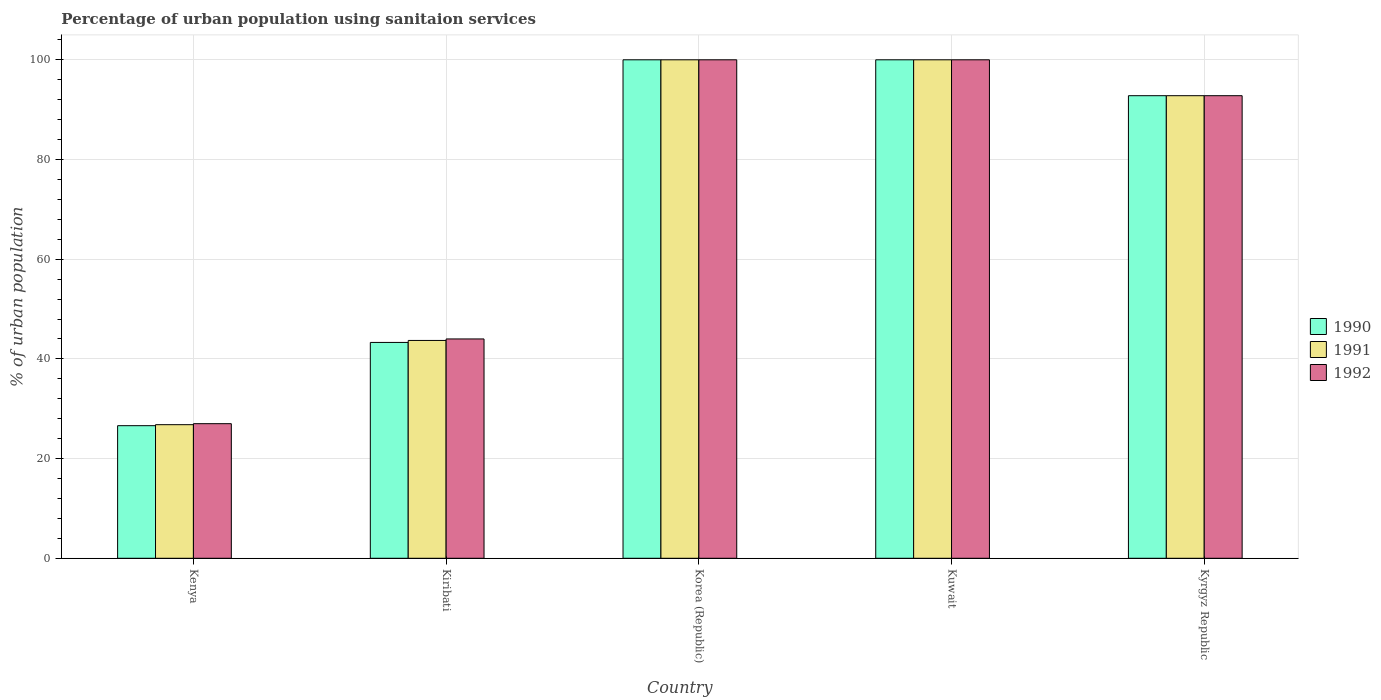
| Country | 1990 | 1991 | 1992 |
 | --- | --- | --- | --- |
 | Kenya | 26.6 | 26.8 | 27 |
 | Kiribati | 43.3 | 43.7 | 44 |
 | Korea (Republic) | 100 | 100 | 100 |
 | Kuwait | 100 | 100 | 100 |
 | Kyrgyz Republic | 92.8 | 92.8 | 92.8 |